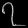
Digit: ၇